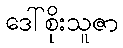
ဒေါ်စိုးသူဇာ